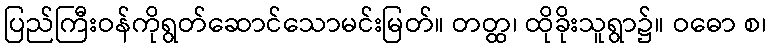
ပြည်ကြီးဝန်ကိုရွတ်ဆောင်သောမင်းမြတ်။ တတ္ထ၊ ထိုခိုးသူရွာ၌။ ဝဓော စ၊